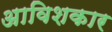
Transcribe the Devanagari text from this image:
अाविशकार